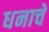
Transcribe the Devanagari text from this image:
धनाचें